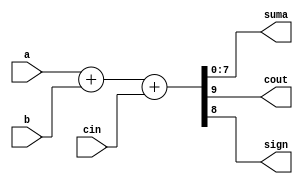

module sumador9bit(
	output [7:0] suma,
	output cout,
	output sign,
	input [8:0] a,b,
	input cin);
	
	assign {cout,sign,suma} = a + b + cin;
	
endmodule